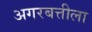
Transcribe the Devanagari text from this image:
अगरबत्तीला